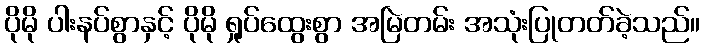
ပိုမို ပါးနပ်စွာနှင့် ပိုမို ရှုပ်ထွေးစွာ အမြဲတမ်း အသုံးပြုတတ်ခဲ့သည်။